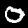
Digit: 0